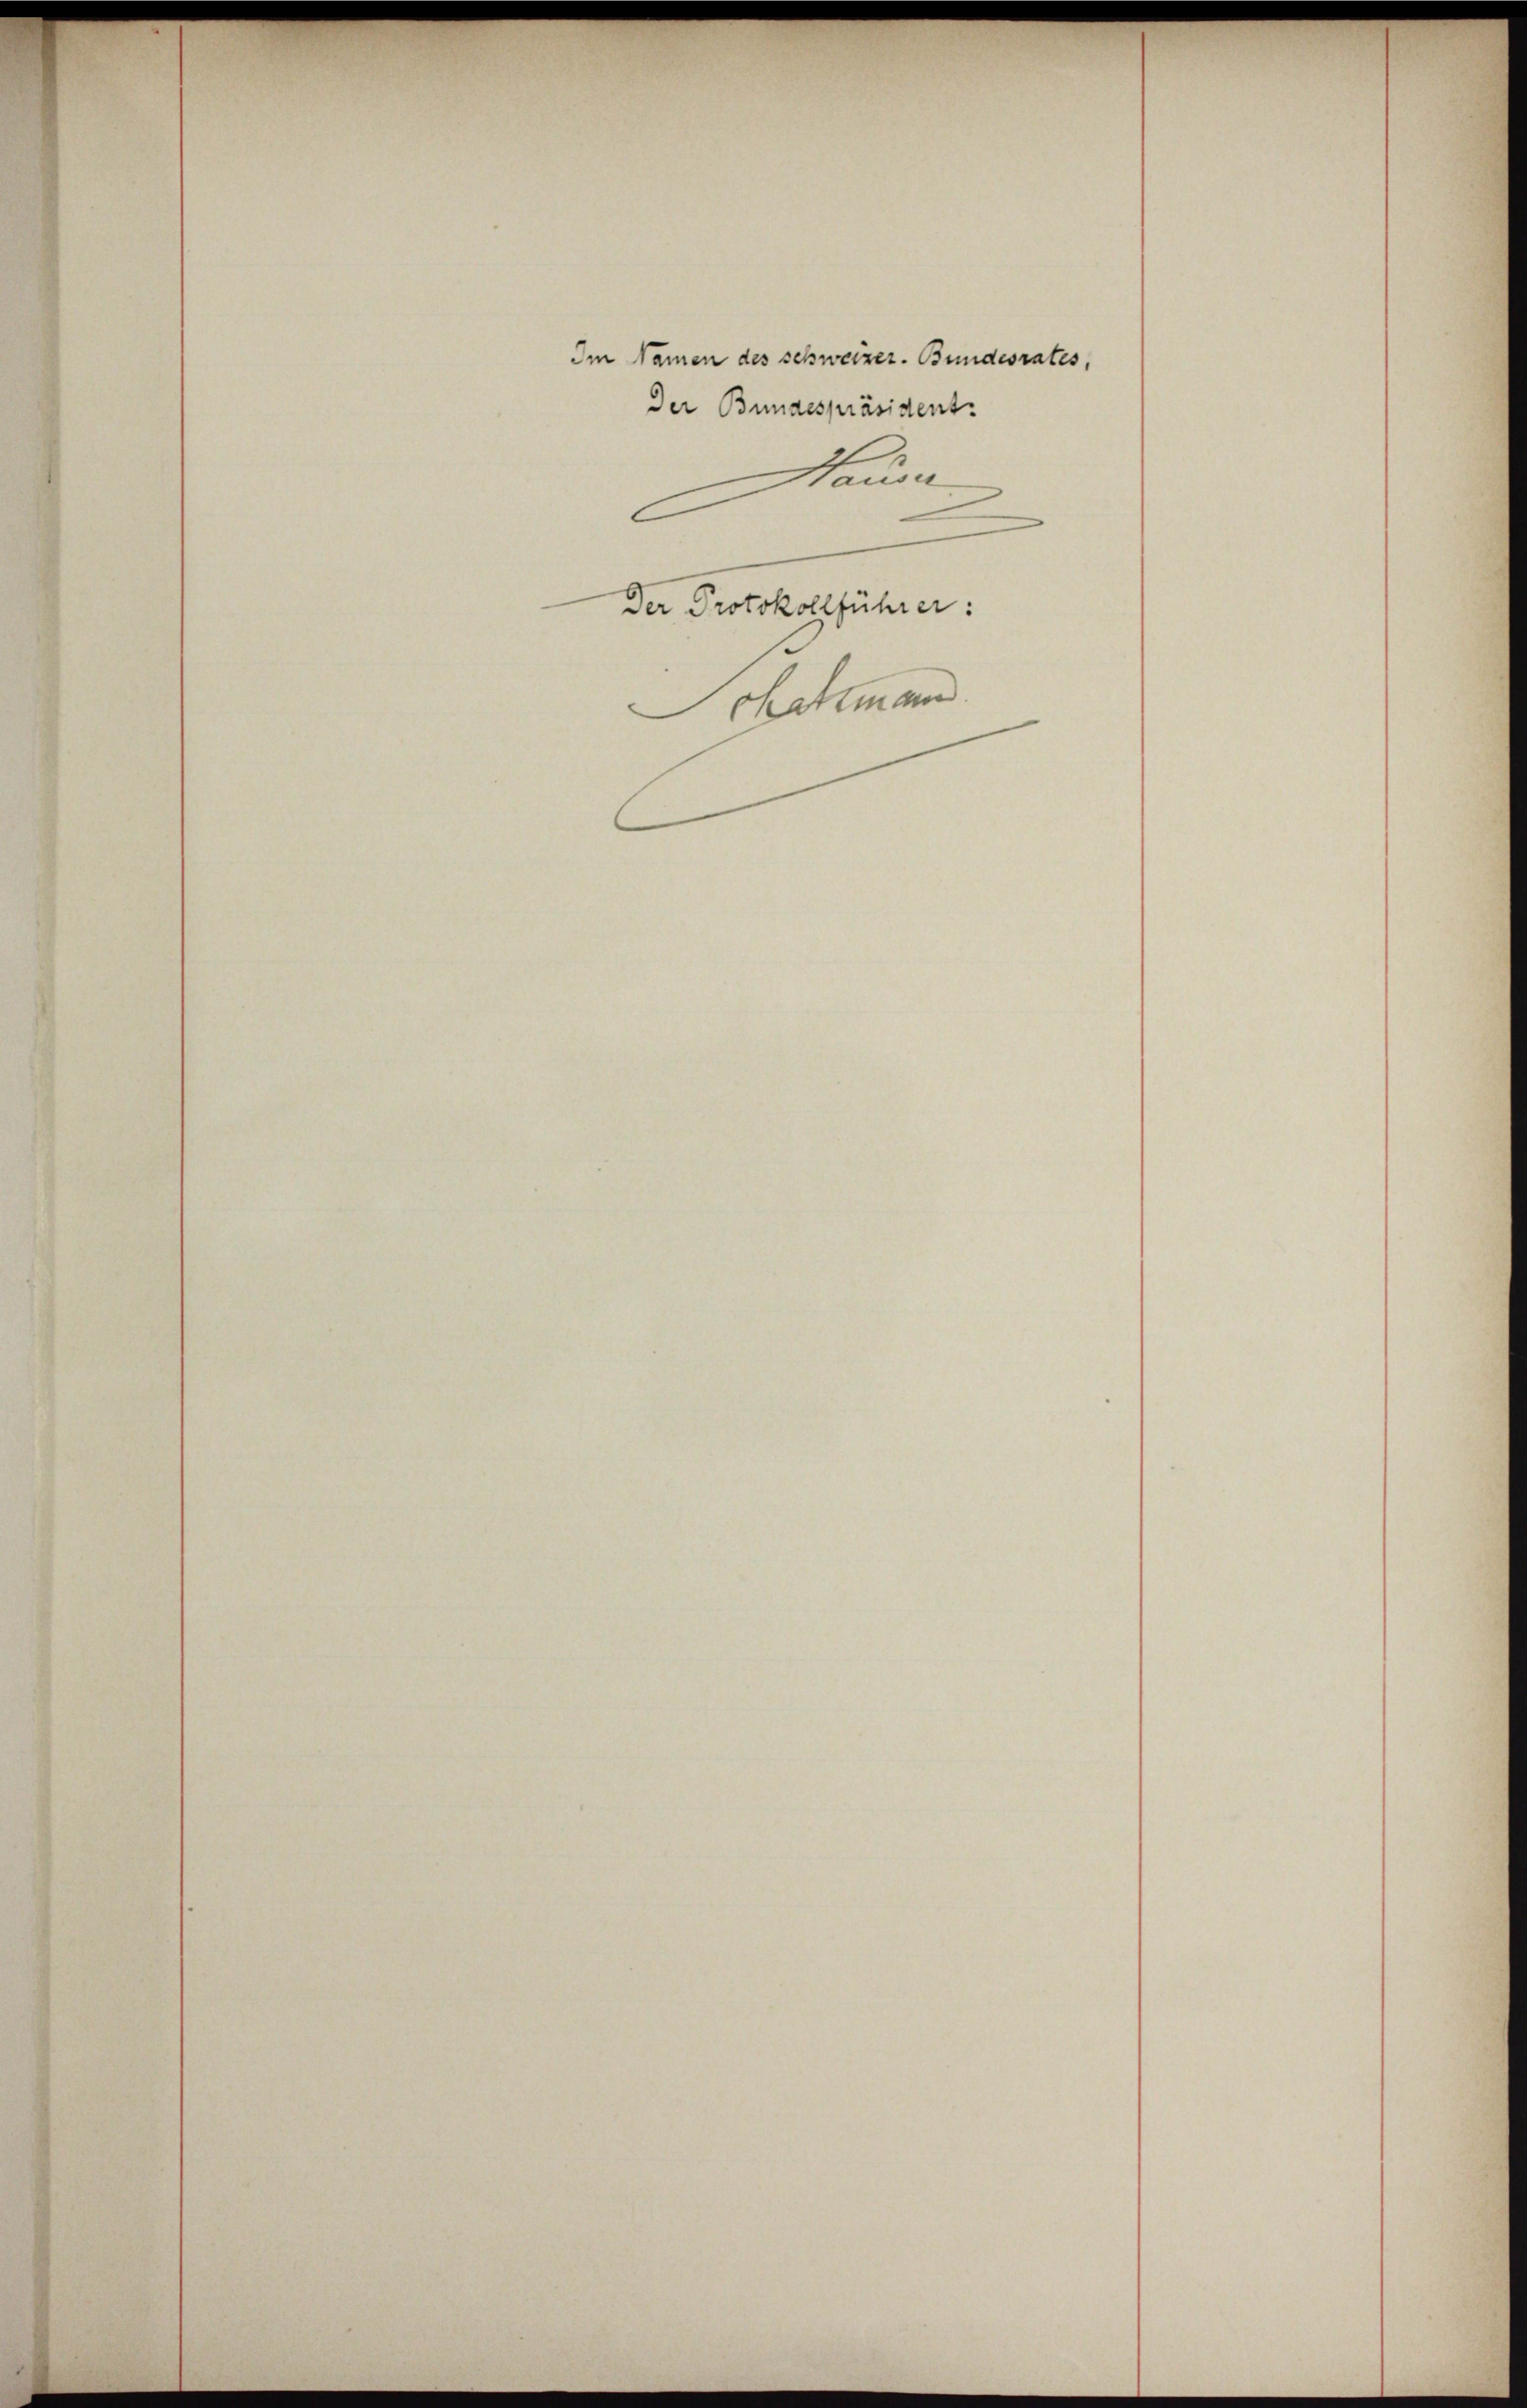
Der Protokollführer:
Schdemann.

Im Namen des schweizer. Bundesrates,
Der Bundespräsident.
Hause